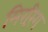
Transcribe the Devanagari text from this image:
मिररिंग